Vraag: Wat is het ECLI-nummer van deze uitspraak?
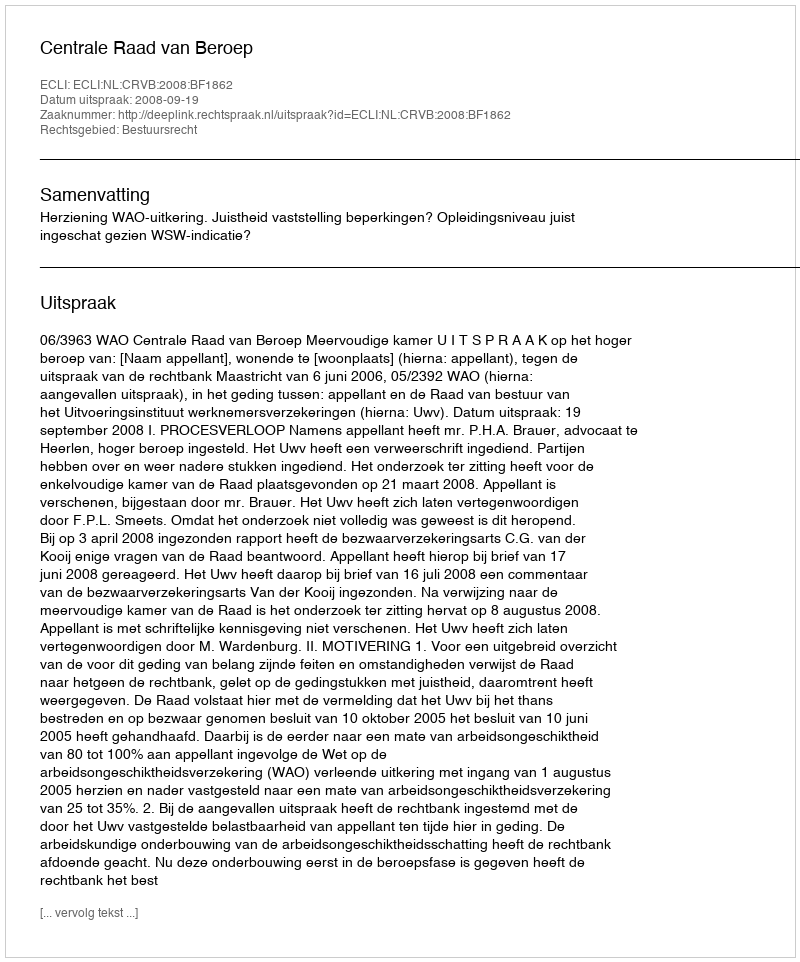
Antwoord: ECLI:NL:CRVB:2008:BF1862